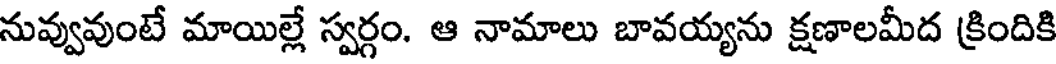
నువ్వువుంటే మాయిల్లే స్వర్గం. ఆ నామాలు బావయ్యను క్షణాలమీద క్రిందికి